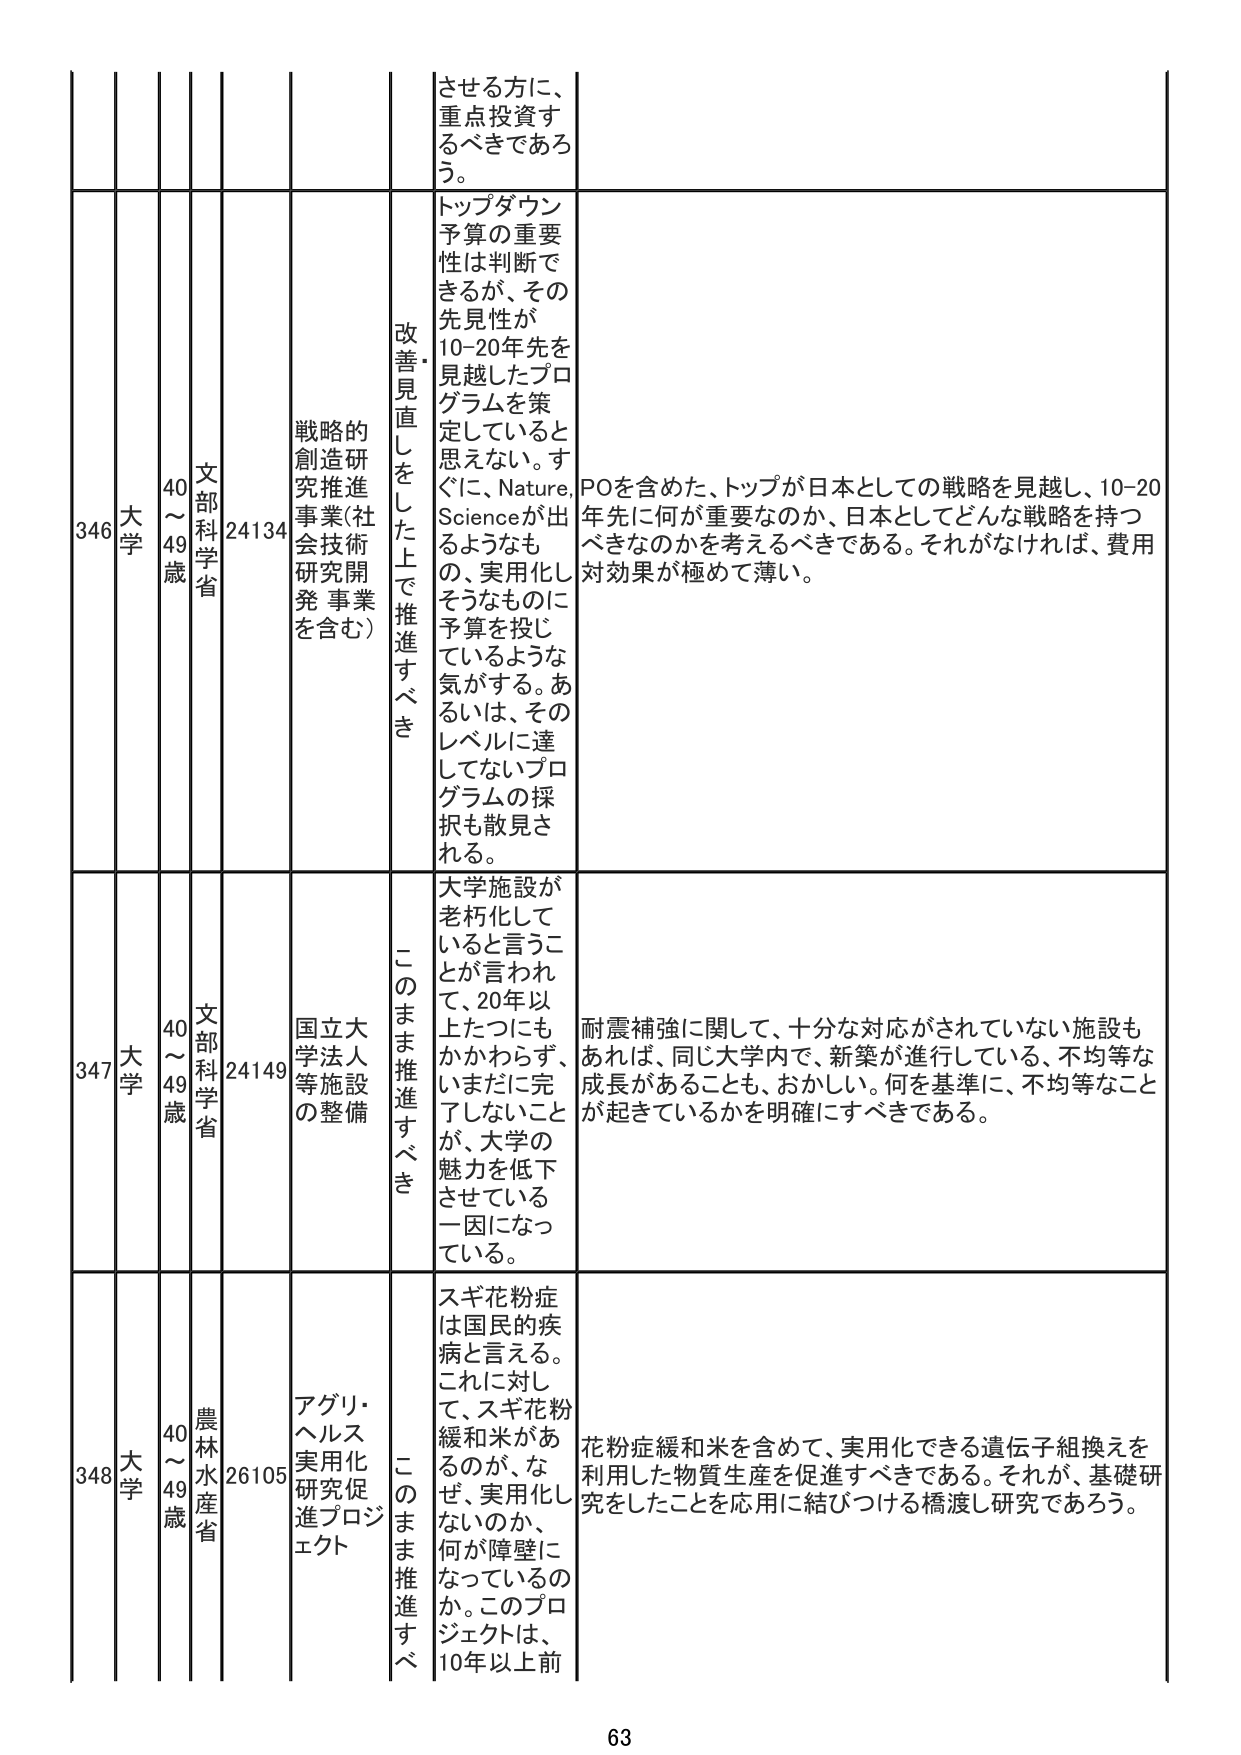
346 大学 40～49歳 文部科学省 24134 戦略的創造研究推進事業（社会技術研究開発事業を含む） 改善・見直しをした上で推進すべき トップダウン予算の重要性は判断できるが、その先見性が10-20年先を見越したプログラムを策定していると思えない。すぐに、Nature、Scienceが出るようなもの、実用化しそうなものに予算を投じているような気がする。あるいは、そのレベルに達していないプログラムの採択も散見される。 POを含めた、トップが日本としての戦略を見越し、10-20年先に何が重要なのか、日本としてどんな戦略を持つべきなのかを考えるべきである。それがなければ、費用対効果が極めて薄い。

347 大学 40～49歳 文部科学省 24149 国立大学法人等施設の整備 このまま推進すべき 大学施設が老朽化していると言うことが言われて、20年以上たつにもかかわらず、いまだに完了しないことが、大学の魅力を低下させている一因になっている。 耐震補強に関して、十分な対応がされていない施設もあれば、同じ大学内で、新築が進行している、不均等な成長があることも、おかしい。何を基準に、不均等なことが起きているかを明確にすべきである。

348 大学 40～49歳 農林水産省 26105 アグリ・ヘルス実用化研究促進プロジェクト このまま推進すべき スギ花粉症は国民的疾病と言える。これに対して、スギ花粉緩和米があるのだが、なぜ、実用化しないのか、何が障壁になっているのか。このプロジェクトは、10年以上前 花粉症緩和米を含めて、実用化できる遺伝子組換えを利用した物質生産を促進すべきである。それが、基礎研究をしたことを応用に結びつける橋渡し研究であろう。

63